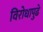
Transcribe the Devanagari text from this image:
विरोधापुढे